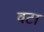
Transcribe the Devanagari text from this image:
वटा